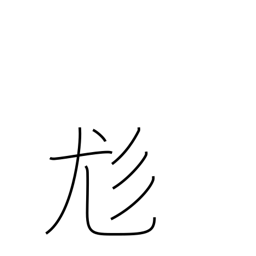
Meaning: shaggy hair or dog